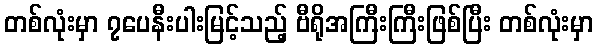
တစ်လုံးမှာ ၇ပေနီးပါးမြင့်သည့် ဗီရိုအကြီးကြီးဖြစ်ပြီး တစ်လုံးမှာ